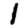
Digit: 1